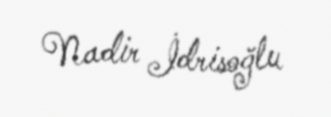
Nadir İdrisoğlu